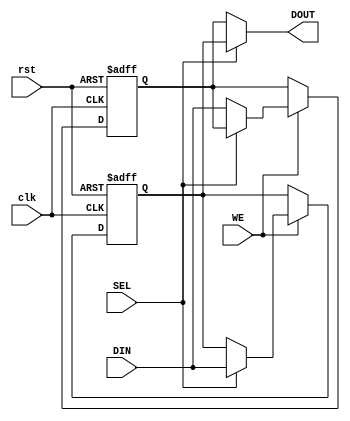
module double_buffer_register #(
    parameter DATA_WIDTH = 8 // Parameter for the width of the data bus
)(
    input wire clk,           // Clock signal
    input wire rst,           // Reset signal
    input wire WE,            // Write Enable signal
    input wire SEL,           // Select signal for active buffer
    input wire [DATA_WIDTH-1:0] DIN, // Data input
    output reg [DATA_WIDTH-1:0] DOUT // Data output
);

// Internal registers for Buffer A and Buffer B
reg [DATA_WIDTH-1:0] buffer_a;
reg [DATA_WIDTH-1:0] buffer_b;

// Sequential logic for writing data to buffers
always @(posedge clk or posedge rst) begin
    if (rst) begin
        // Asynchronous reset of buffers
        buffer_a <= {DATA_WIDTH{1'b0}};
        buffer_b <= {DATA_WIDTH{1'b0}};
    end else if (WE) begin
        // Write data to the active buffer based on SEL
        if (SEL) begin
            buffer_a <= DIN; // Write to Buffer A
        end else begin
            buffer_b <= DIN; // Write to Buffer B
        end
    end
end

// Combinational logic for reading data from the active buffer
always @(*) begin
    if (SEL) begin
        DOUT = buffer_a; // Read from Buffer A
    end else begin
        DOUT = buffer_b; // Read from Buffer B
    end
end

endmodule